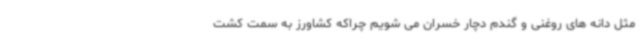
مثل دانه های روغنی و گندم دچار خسران می شویم چراکه کشاورز به سمت کشت